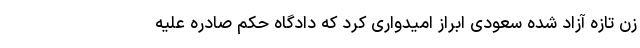
زن تازه آزاد شده سعودی ابراز امیدواری کرد که دادگاه حکم صادره علیه